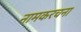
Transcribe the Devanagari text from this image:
नामकरचना